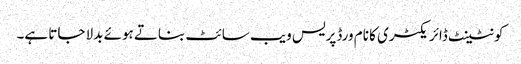
کونٹینٹ ڈائریکٹری کا نام ورڈپریس ویب سائٹ بناتے ہوئے بدلا جاتا ہے۔